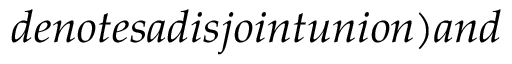
d e n o t e s a d i s j o i n t u n i o n ) a n d